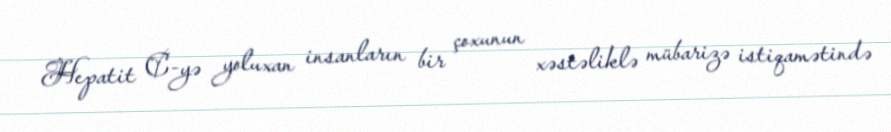
Hepatit C-yə yoluxan insanların bir çoxunun xəstəliklə mübarizə istiqamətində